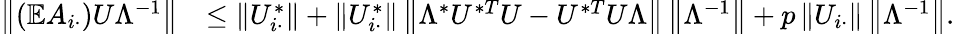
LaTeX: \begin{array}{rl}{\left\| {(\mathbb{E}A_{i\cdot})U\Lambda^{-1}}\right\| }&{\leq\left\| {U_{i\cdot}^{*}}\right\| +\left\| {U_{i\cdot}^{*}}\right\| \left\| {\Lambda^{*}U^{*T}U-U^{*T}U\Lambda}\right\| \left\| {\Lambda^{-1}}\right\| +p\left\| {U_{i\cdot}}\right\| \left\| {\Lambda^{-1}}\right\| .}\end{array}